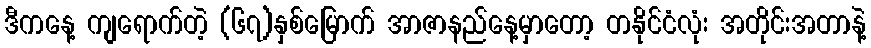
ဒီကနေ့ ကျရောက်တဲ့ (၆၇)နှစ်မြောက် အာဇာနည်နေ့မှာတော့ တနိုင်ငံလုံး အတိုင်းအတာနဲ့